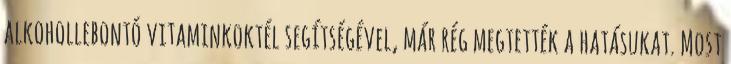
alkohollebontó vitaminkoktél segítségével, már rég megtették a hatásukat. Most